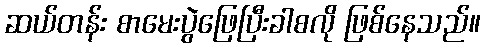
ဆယ်တန်း စာမေးပွဲဖြေပြီးခါစလို ဖြစ်နေသည်။